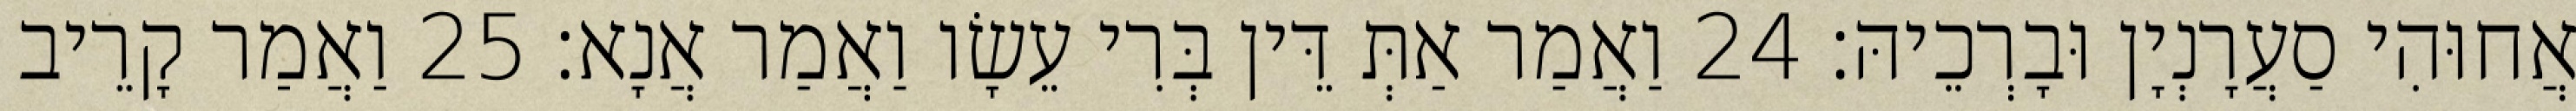
אֲחוּהִי סַעֲרָנְיָן וּבָרְכֵיהּ׃ 24 וַאֲמַר אַתְּ דֵּין בְּרִי עֵשָׂו וַאֲמַר אֲנָא׃ 25 וַאֲמַר קָרֵיב